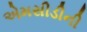
એમસીડીની